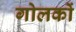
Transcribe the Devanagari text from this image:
गोलकों